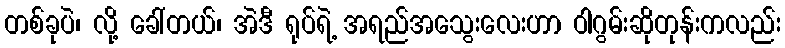
တစ်ခုပဲ၊ လို့ ခေါ်တယ်၊ အဲဒီ ရုပ်ရဲ့ အရည်အသွေးလေးဟာ ဝါဂွမ်းဆိုတုန်းကလည်း